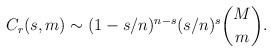
LaTeX: \begin{align*} C_r(s,m) \sim (1-s/n)^{n-s} (s/n)^s \binom{M}{m}.\end{align*}